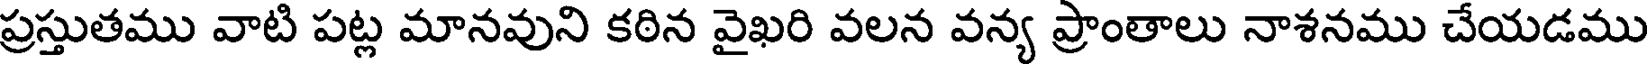
ప్రస్తుతము వాటి పట్ల మానవుని కఠిన వైఖరి వలన వన్య ప్రాంతాలు నాశనము చేయడము